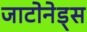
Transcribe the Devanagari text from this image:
जाटोनेड्स